Vaccination in the Punjab 1905-1918 - 1905-1918
Year: 1905
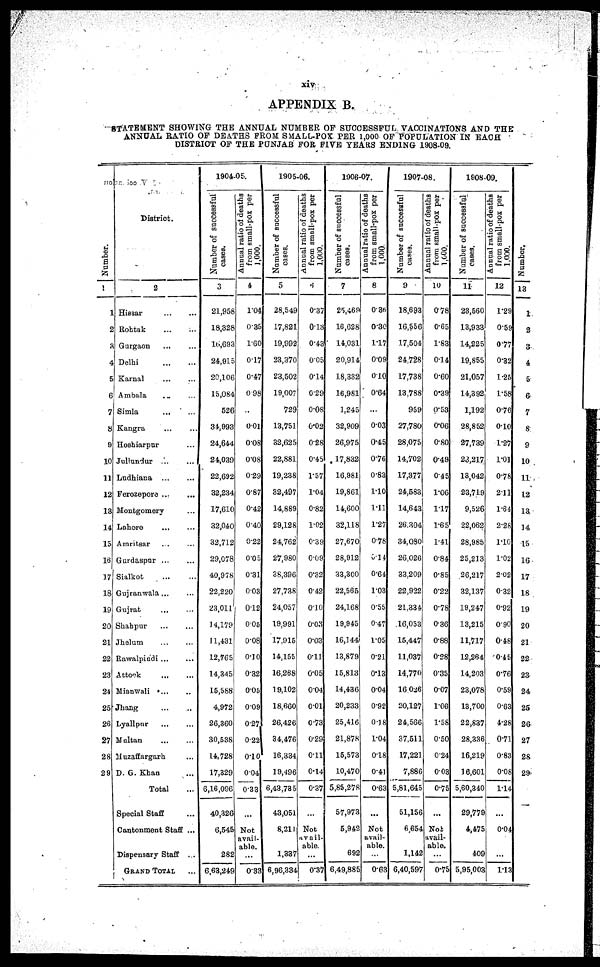
xiv
APPENDIX B.
STATEMENT SHOWING THE ANNUAL NUMBER OF SUCCESSFUL VACCINATIONS AND THE
ANNUAL RATIO OF DEATHS FROM SMALL-POX PER 1,000 OF POPULATION IN EACH
DISTRICT OF THE PUNJAB FOR FIVE YEARS ENDING 1908-09.
Numbe r
.
1
1
2
3
4
5
6
7
8
9
10
11
12
13
14
15
16
17
18
19
20
21
22
23
24
25
26
27
28
29
District.
2
Hissar
... ...
Rohtak
... ...
Gurgaon
...
Delhi
... ...
Karnal ... ...
Ambala ... ...
Simla
... ...
Kangra ... ...
Hoshiarpur ...
Jullundur ... ...
Ludhiana ... ...
Ferozepore ... ...
Montgomery ...
Lahore ... ...
Amritsar ... ...
Gurdaspur... ...
Sialkot ... ...
Gujranwala ... ...
Gujrat
... ...
Shahpur ... ...
Jhelum ... ...
Rawalpindi ... ...
Attock
... ...
Mianwali ... ...
Jhang ... ...
Lyallpur ... ...
Multan ... ...
Muzaffargarh ...
D. G. Khan ...
Total ...
Special Staff ...
Cantonment Staff ...
Dispensary Staff ...
GRAND TOTAL ...
1904-05.
Number of successful
cases.
3
21,958
18,328
16,693
24,915
20,106
15,084
526
34,993
24,644
24,039
22,692
32,234
17,610
32,040
32,712
29,078
40,978
22,220
23,011
14,179
11,431
12,765
14,345
15,588
4,972
26,360
30,538
14,728
17,329
6,16,096
40,326
6,545
282
6,63,249
Annual ratio of deaths
from small-pox per
1,000.
4
1.04
0.35
1.60
0.17
0.47
0.98
...
0.01
0.08
0.08
0.29
0.87
0.42
0.40
0.22
0.05
0.31
0.03
0.12
0.05
0.08
0.10
0.32
0.05
0.09
0.27
0.22
0.10
0.04
0.33
...
Not
avail-
able.
...
0.33
1905-06.
Number of successful
cases.
5
28,549
17,821
19,992
23,370
23,502
19,007
729
13,751
32,625
22,881
19,238
32,497
14,889
29,128
24,762
27,980
38,396
27,738
24,057
19,991
17,915
14,155
16,268
19,102
18,660
26,426
34,476
16,334
19,496
6,43,735
43,051
8,211
1,337
6,96,334
Annual ratio of deaths
from small-pox per
1,000.
6
0.37
0.13
0.43
0.05
0.14
0.29
0.08
0.02
0.28
0.45
1.57
1.04
0.82
1.02
0.39
0.09
0.32
0.42
0.10
0.03
0.03
0.11
0.05
0.04
0.01
0.73
0.29
0.11
0.14
0.37
...
Not
avail-
able.
...
0.37
1906-07.
Number of successful
cases.
7
25,469
16,628
14,031
20.914
18,332
16,981
1,245
32,909
26,975
17,832
16,981
19,861
14,600
32,118
27,670
28,912
33,300
22,565
24,168
19,945
16,144
13,879
15,813
14,436
20,233
25,416
21,878
15,573
10,470
5,85,278
57,973
5,942
692
6,49,885
Annual ratio of deaths
from small-pox per
1,000.
8
0.36
0.30
1.17
0.09
0.10
0.64
...
0.03
0.45
0.76
0.83
1.10
1.11
1.27
0.78
0.14
0.64
1.03
0.55
0.47
1.05
0.21
0.13
0.04
0.92
0.18
1.04
0.18
0.41
0.63
...
Not
avail-
able.
...
0.63
1907-08.
Number of successful
cases.
9
18,693
16,556
17,504
24,728
17,738
13,788
959
27,780
28,075
14,702
17,377
24,583
14,643
26,304
34,080
26,026
33,209
22,922
21,334
16,053
15,447
11,037
14,770
16,026
20,127
24,566
37,511
17,221
7,886
5,81,645
51,156
6,654
1,142
6,40,597
Annual ratio of deaths
from small-pox per
1,000.
10
0.78
0.65
1.83
0.14
0.60
0.39
0.53
0.06
0.80
0.49
0.45
1.06
1.17
1.65
1.41
0.84
0.85
0.22
0.78
0.36
0.88
0.28
0.35
0.07
1.06
1.58
0.50
0.24
0.03
0.75
...
Not
avail-
able.
...
0.75
1908-09.
Number of successful
cases.
11
23,560
13,933
14,225
19,855
21,057
14,392
1,192
28,852
27,739
23,217
13,042
23,719
9,526
22,062
28,985
25,213
26,217
32,137
19,247
13,215
11,717
12,264
14,203
23,078
13,700
22,837
28,336
16,219
16,601
5,60,340
29,779
4,475
409
5,95,003
Annual ratio of deaths
from small-pox per
1,000.
12
1.29
0.59
0.77
0.32
1.25
1.58
0.76
0.10
1.27
1.01
0.78
2.11
1.64
2.28
1.10
1.02
2.02
0.32
0.92
0.90
0.48
0.45
0.76
0.59
0.63
4.28
0.71
0.83
0.08
1.14
...
0.04
...
1.13
Number.
13
1
2
3
4
5
6
7
8
9
10
11
12
13
14
15
16
17
18
19
20
21
22
23
24
25
26
27
28
29